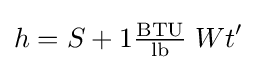
h=S+1\mathrm {{\tfrac {BTU}{lb}}\;} Wt'